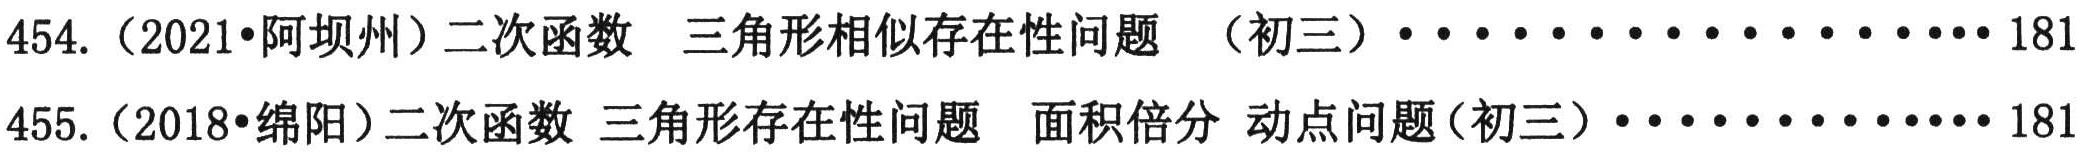
454.（2021•阿坝州）二次函数 三角形相似存在性问题 （初三）···················181
455.（2018•绵阳）二次函数 三角形存在性问题 面积倍分 动点问题（初三）·················181